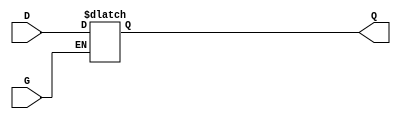
module gated_transparent_latch (
    input wire D,     // Data Input
    input wire G,     // Gate/Enable Signal
    output reg Q      // Output
);

// Always block to implement the gated latch behavior
always @(*) begin
    if (G) begin
        Q = D; // When G is high, Q follows D
    end else begin
        // When G is low, Q holds its last value
        // No assignment needed, Q retains its value
        // This behavior is inherent in the use of reg type
    end
end

endmodule